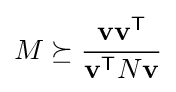
M\succeq {\frac {\mathbf {v} \mathbf {v} ^{\mathsf {T}}}{\mathbf {v} ^{\mathsf {T}}N\mathbf {v} }}